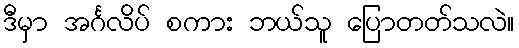
ဒီမှာ အင်္ဂလိပ် စကား ဘယ်သူ ပြောတတ်သလဲ။